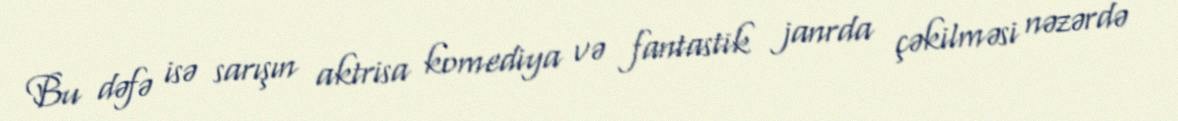
Bu dəfə isə sarışın aktrisa komediya və fantastik janrda çəkilməsi nəzərdə